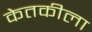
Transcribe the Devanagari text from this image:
केतकीला